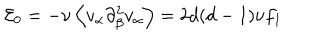
LaTeX: { \cal E } _ { 0 } = - \nu \left\langle v _ { \alpha } \partial _ { \beta } ^ { 2 } v _ { \alpha } \right\rangle = 2 d ( d - 1 ) \nu f _ { 1 }